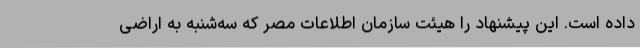
داده است. این پیشنهاد را هیئت سازمان اطلاعات مصر که سه‌شنبه به اراضی